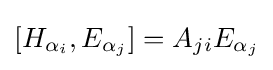
[H_{\alpha _{i}},E_{\alpha _{j}}]=A_{ji}E_{\alpha _{j}}